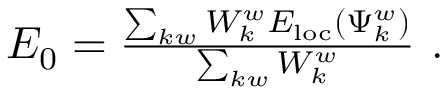
\begin{array} { r } { E _ { \mathrm { 0 } } = \frac { \sum _ { k w } W _ { k } ^ { w } E _ { \mathrm { { l o c } } } ( \Psi _ { k } ^ { w } ) } { \sum _ { k w } W _ { k } ^ { w } } ~ . } \end{array}